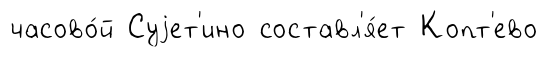
часово́й Суjет'ино составл'я́ет Копт'ево